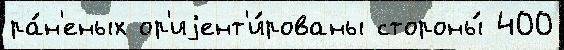
ра́н'еных ор'иjент'и́рованы стороны́ 400